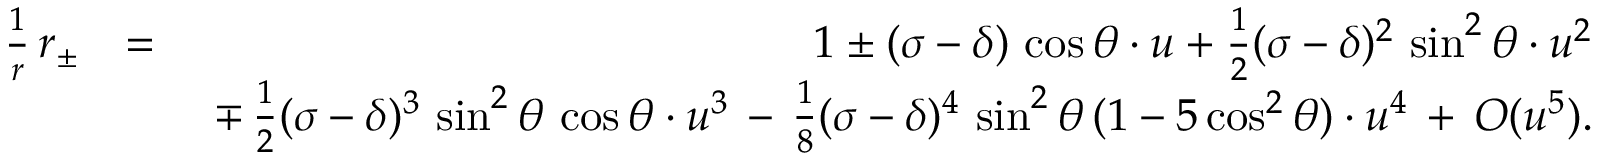
\begin{array} { r l r } { \frac { 1 } { r } \, r _ { \pm } } & { = } & { 1 \pm ( \sigma - \delta ) \, \cos \theta \cdot u + \frac { 1 } { 2 } ( \sigma - \delta ) ^ { 2 } \, \sin ^ { 2 } \theta \cdot u ^ { 2 } } \\ & { } & { \ \mp \, \frac { 1 } { 2 } ( \sigma - \delta ) ^ { 3 } \, \sin ^ { 2 } \theta \, \cos \theta \cdot u ^ { 3 } \, - \, \frac { 1 } { 8 } ( \sigma - \delta ) ^ { 4 } \, \sin ^ { 2 } \theta \, ( 1 - 5 \cos ^ { 2 } \theta ) \cdot u ^ { 4 } \, + \, { \cal O } ( u ^ { 5 } ) . } \end{array}